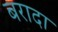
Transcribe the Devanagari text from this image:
बरादा